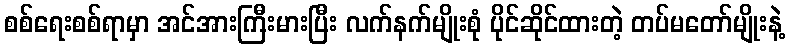
စစ်ရေးစစ်ရာမှာ အင်အားကြီးမားပြီး လက်နက်မျိုးစုံ ပိုင်ဆိုင်ထားတဲ့ တပ်မတော်မျိုးနဲ့